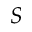
S